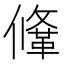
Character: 鞗